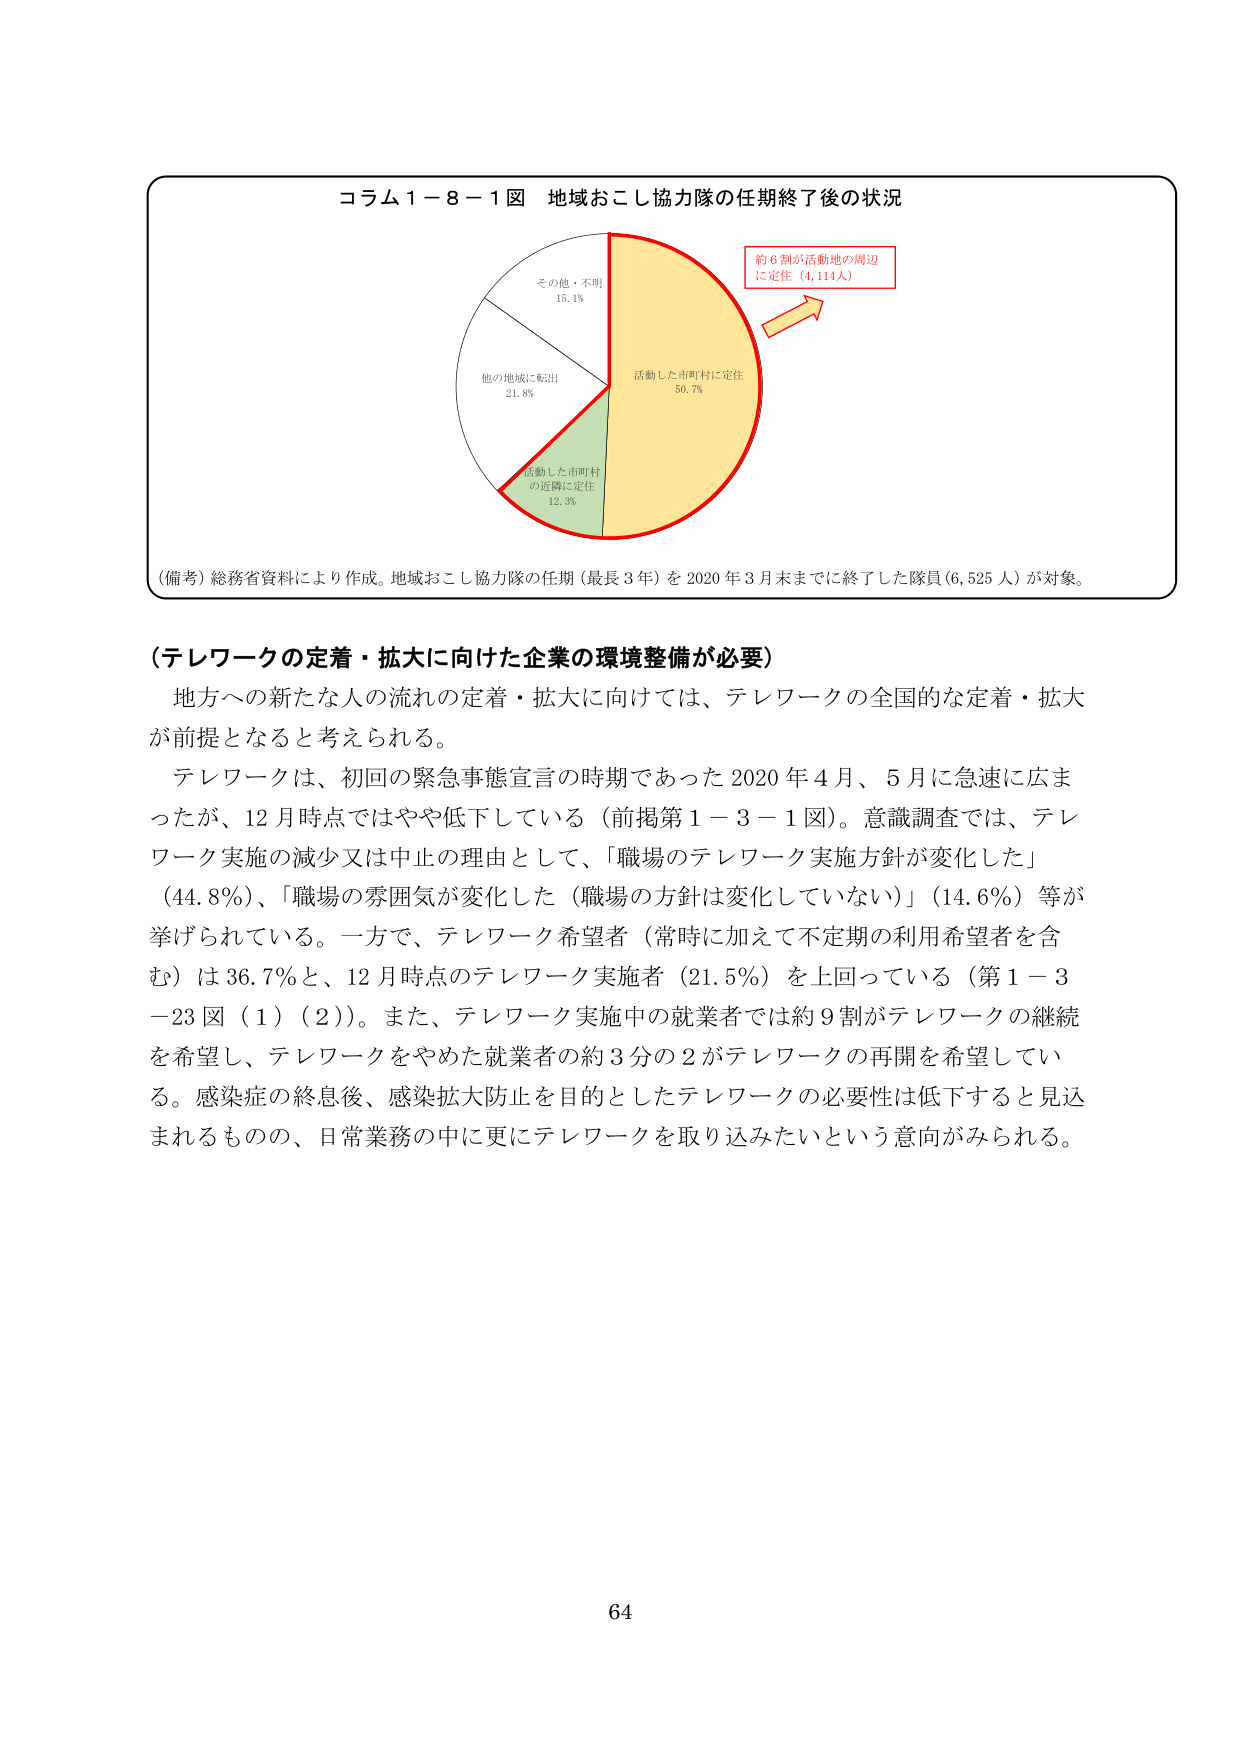
コラム１－８－１図 地域おこし協力隊の任期終了後の状況

その他・不明
15.1%

他の地域に転出
21.8%

活動した市町村
の近隣に定住
12.3%

活動した市町村に定住
50.7%

約６割が活動地の周辺
に定住（4,114人）

（備考）総務省資料により作成。地域おこし協力隊の任期（最長３年）を2020年３月末までに終了した隊員（6,525人）が対象。

（テレワークの定着・拡大に向けた企業の環境整備が必要）

地方への新たな人の流れの定着・拡大に向けては、テレワークの全国的な定着・拡大が前提となると考えられる。

テレワークは、初回の緊急事態宣言の時期であった2020年４月、５月に急速に広まったが、12月時点ではやや低下している（前掲第１－３－１図）。意識調査では、テレワーク実施の減少又は中止の理由として、「職場のテレワーク実施方針が変化した」（44.8％）、「職場の雰囲気が変化した（職場の方針は変化していない）」（14.6％）等が挙げられている。一方で、テレワーク希望者（常時に加えて不定期の利用希望者を含む）は36.7％と、12月時点のテレワーク実施者（21.5％）を上回っている（第１－３－23図（１）（２））。また、テレワーク実施中の就業者では約９割がテレワークの継続を希望し、テレワークをやめた就業者の約３分の２がテレワークの再開を希望している。感染症の終息後、感染拡大防止を目的としたテレワークの必要性は低下すると見込まれるものの、日常業務の中に更にテレワークを取り込みたいという意向がみられる。

64